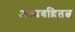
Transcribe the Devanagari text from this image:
अव्यवहितत्व